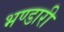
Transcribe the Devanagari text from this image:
भण्‍डारी